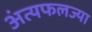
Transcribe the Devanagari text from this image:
अंत्यफलज्या